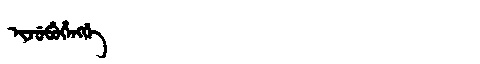
Manchu: ᡳᠵᡠᠪᡠᡥᡝᠩᡤᡝ
Romanization: IJUBUHENGGE